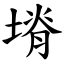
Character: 塉